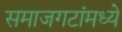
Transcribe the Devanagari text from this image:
समाजगटांमध्ये